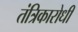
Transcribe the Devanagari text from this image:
तंत्रिकारोधी